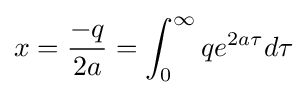
x={\frac {-q}{2a}}=\int _{0}^{\infty }q{e}^{2a\tau }d\tau